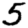
Digit: 5